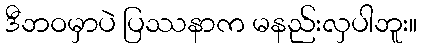
ဒီဘဝမှာပဲ ပြဿနာက မနည်းလှပါဘူး။